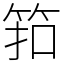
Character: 筘